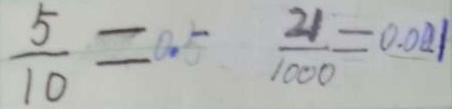
\frac { 5 } { 1 0 } = 0 . 5 \frac { 2 1 } { 1 0 0 0 } = 0 . 0 2 1